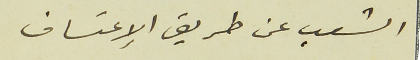
الشعب عن طريق الإعتساف